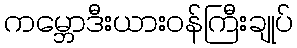
ကမ္ဘောဒီးယားဝန်ကြီးချုပ်